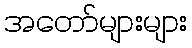
အတော်များများ